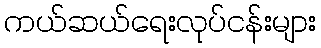
ကယ်ဆယ်ရေးလုပ်ငန်းများ